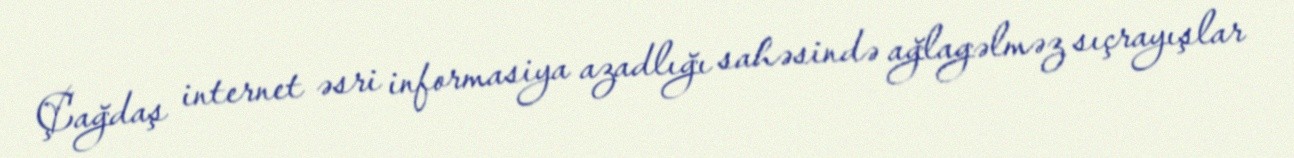
Çağdaş internet əsri informasiya azadlığı sahəsində ağlagəlməz sıçrayışlar